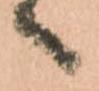
へ